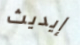
إيديث